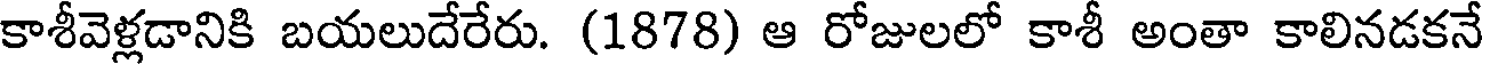
కాశీవెళ్లడానికి బయలుదేరేరు. (1878) ఆ రోజులలో కాశీ అంతా కాలినడకనే